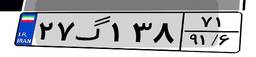
۸۶گ۹۷۴۲۲